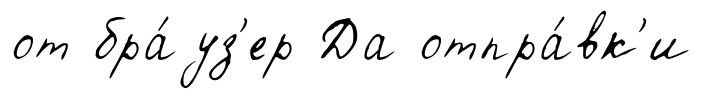
от бра́уз'ер Да отпра́вк'и